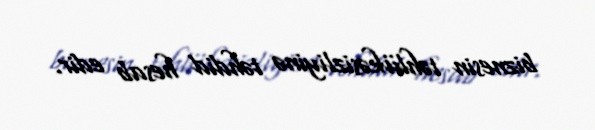
biznesin təhlükəsizliyinə təhdid hesab edir.